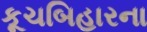
કૂચબિહારના